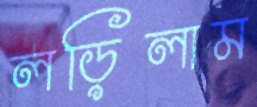
লড়িলাম